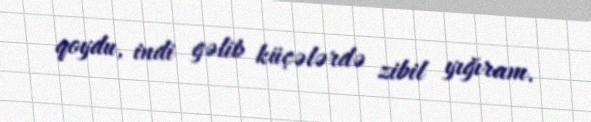
qoydu, indi gəlib küçələrdə zibil yığıram.